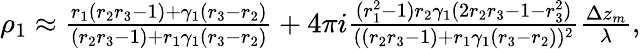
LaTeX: \begin{array}{r}{\rho_{1}\approx\frac{r_{1}(r_{2}r_{3}-1)+\gamma_{1}(r_{3}-r_{2})}{(r_{2}r_{3}-1)+r_{1}\gamma_{1}(r_{3}-r_{2})}+4\pi i\frac{(r_{1}^{2}-1)r_{2}\gamma_{1}(2r_{2}r_{3}-1-r_{3}^{2})}{((r_{2}r_{3}-1)+r_{1}\gamma_{1}(r_{3}-r_{2}))^{2}}\frac{\Delta z_{m}}{\lambda},}\end{array}